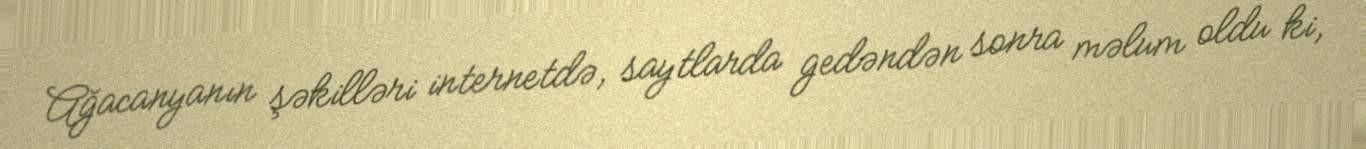
Ağacanyanın şəkilləri internetdə, saytlarda gedəndən sonra məlum oldu ki,